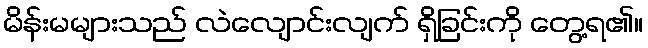
မိန်းမများသည် လဲလျောင်းလျက် ရှိခြင်းကို တွေ့ရ၏။